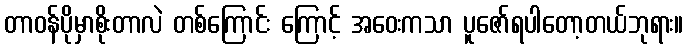
တာဝန်ပိုမှာစိုးတာလဲ တစ်ကြောင်း ကြောင့် အဝေးကသာ ပူဇော်ရပါတော့တယ်ဘုရား။